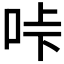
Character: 𠱚